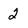
Character: 2